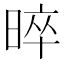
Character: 晬